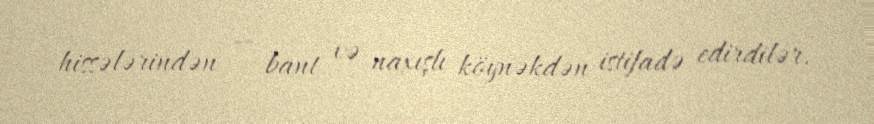
hissələrindən — bant və naxışlı köynəkdən istifadə edirdilər.